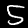
Digit: 5